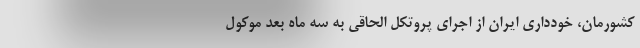
کشورمان، خودداری ایران از اجرای پروتکل الحاقی به سه ماه بعد موکول